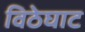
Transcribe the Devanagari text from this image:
विठेघाट